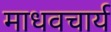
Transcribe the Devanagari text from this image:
माधवचार्य